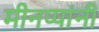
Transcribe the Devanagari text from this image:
मीनप्पांनी